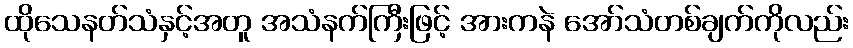
ထိုသေနတ်သံနှင့်အတူ အသံနက်ကြီးဖြင့် အားကနဲ အော်သံတစ်ချက်ကိုလည်း